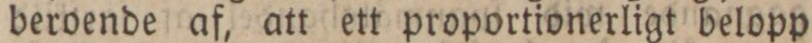
beroende af, att ett proportionerligt belopp